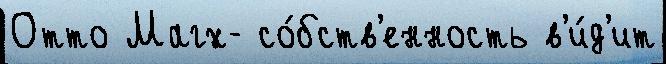
Отто Магх- со́бств'енность в'и́д'ит